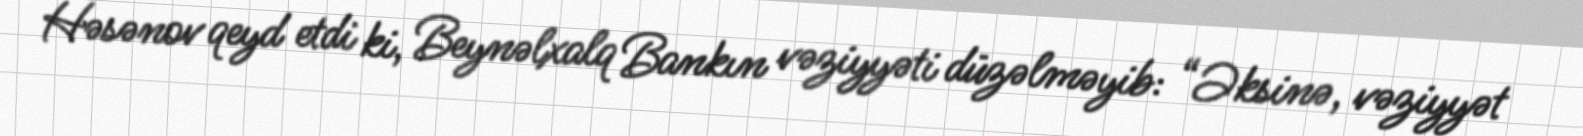
Həsənov qeyd etdi ki, Beynəlxalq Bankın vəziyyəti düzəlməyib: “Əksinə, vəziyyət